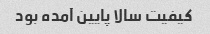
کیفیت سالا پایین آمده بود